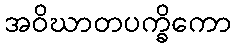
အဝိဃာတပက္ခိကော